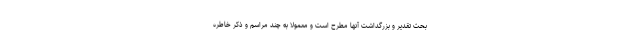
بحث تقدیر و بزرگداشت آنها مطرح است و معمولا به چند مراسم و ذکر خاطره